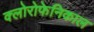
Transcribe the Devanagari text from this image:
क्लोरोफेनिकाल